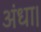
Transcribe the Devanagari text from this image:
अंधा।